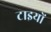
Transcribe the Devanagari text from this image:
टाइयों